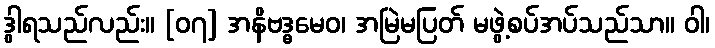
ဒွါရသည်လည်း။ [၀၇] အနိဗဒ္ဓမေဝ၊ အမြဲမပြတ် မဖွဲ့စပ်အပ်သည်သာ။ ဝါ၊